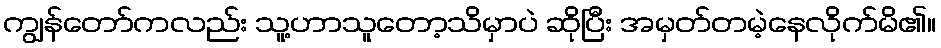
ကျွန်တော်ကလည်း သူ့ဟာသူတော့သိမှာပဲ ဆိုပြီး အမှတ်တမဲ့နေလိုက်မိ၏။